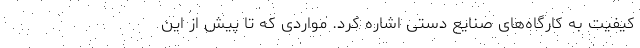
کیفیت به کارگاه‌های صنایع دستی اشاره کرد. مواردی که تا پیش از این